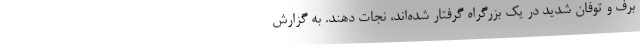
برف و توفان شدید در یک بزرگراه گرفتار شده‌اند، نجات دهند. به گزارش